65_HS1-834228961_62-HQ-83894_Section_2
Agency: FBI
Page 40
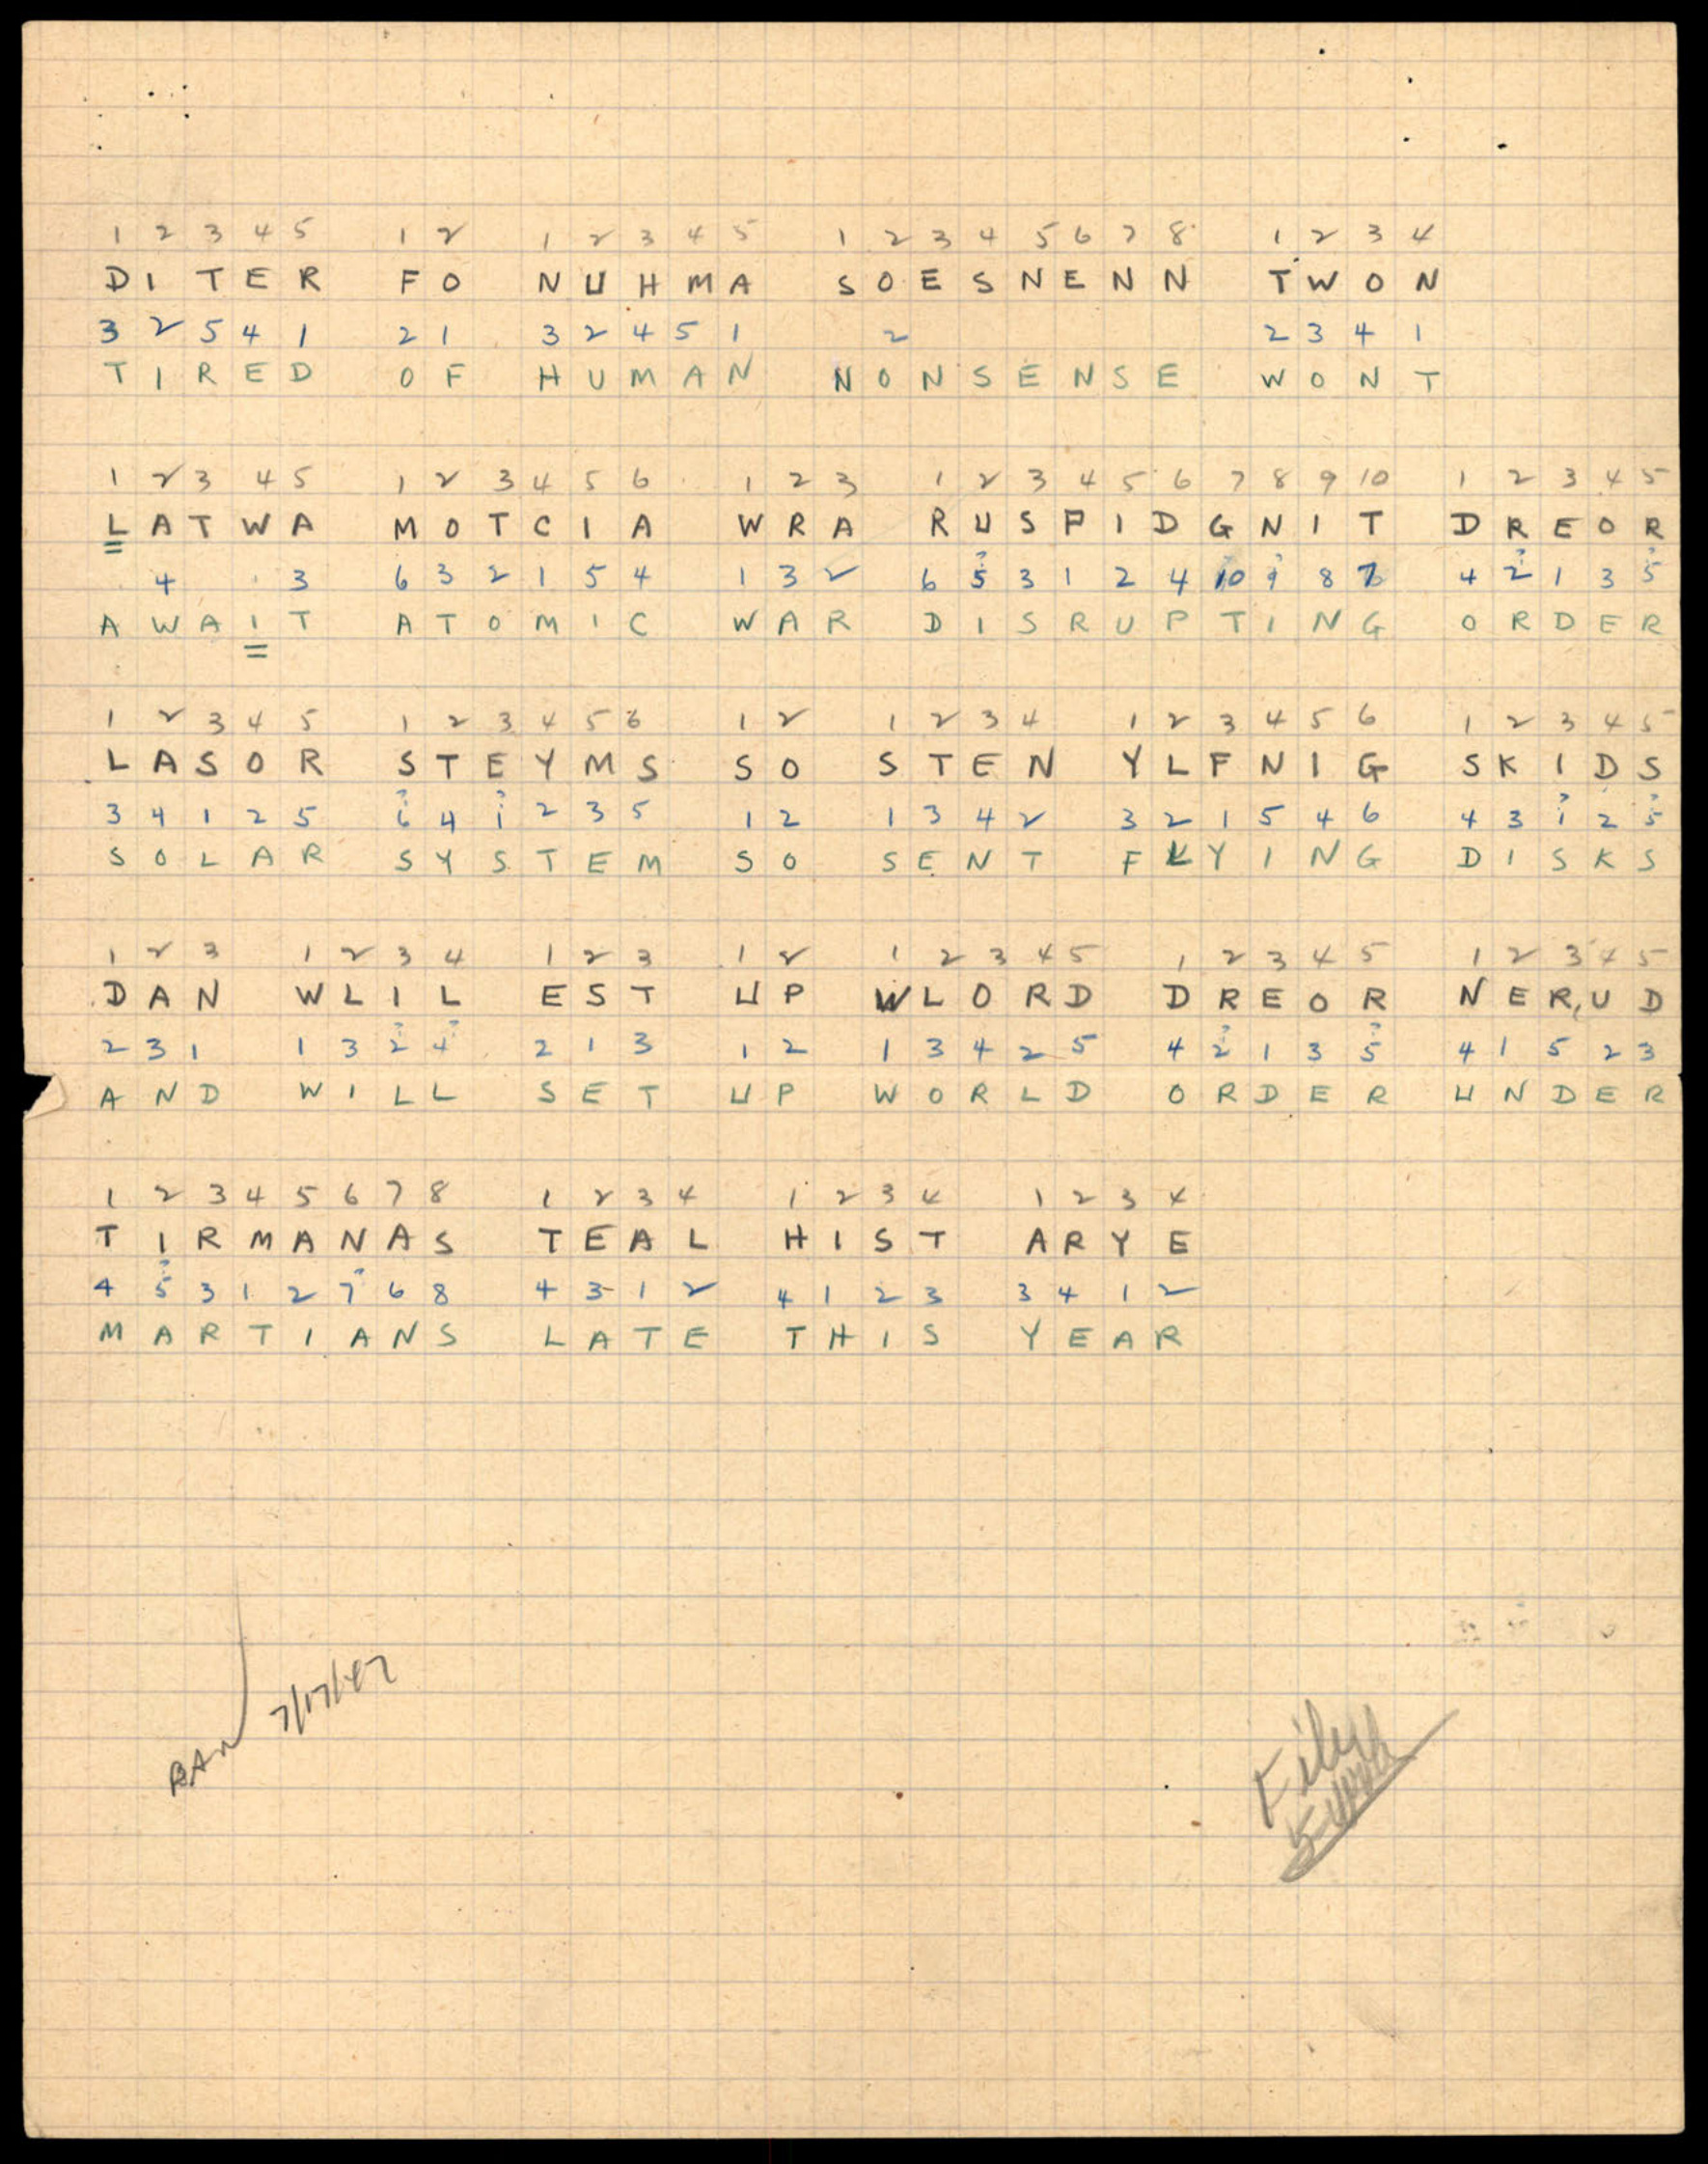